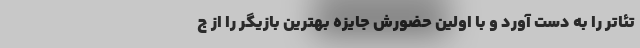
تئاتر را به دست آورد و با اولین حضورش جایزه بهترین بازیگر را از ج